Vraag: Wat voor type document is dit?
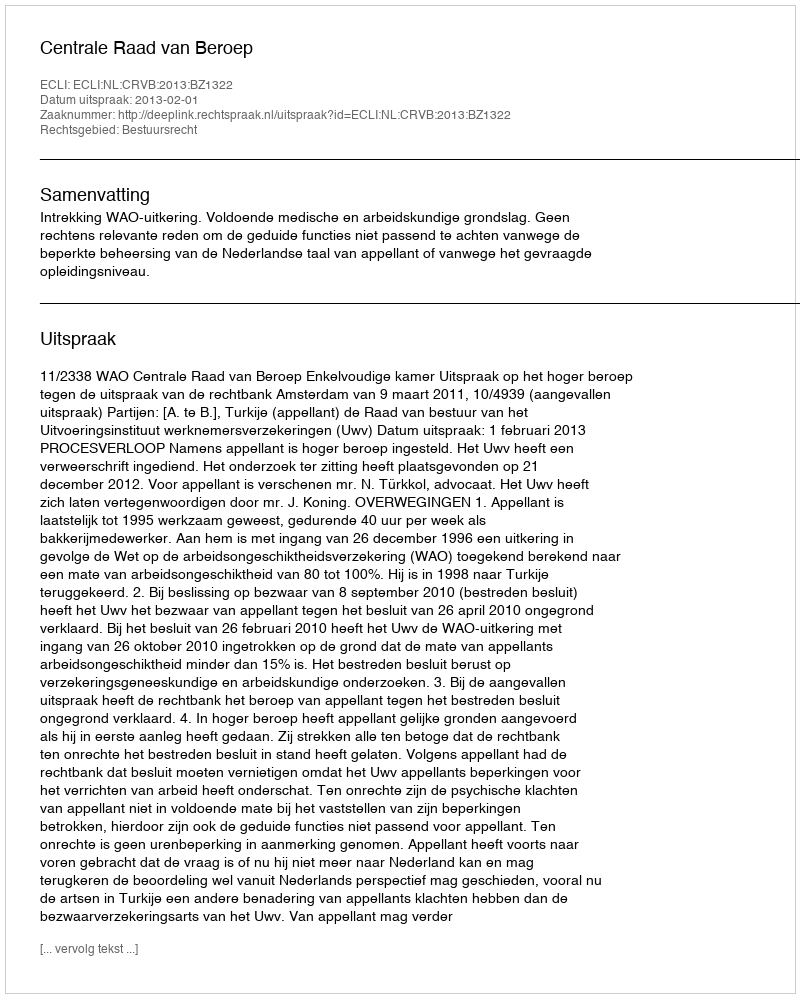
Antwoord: Uitspraak